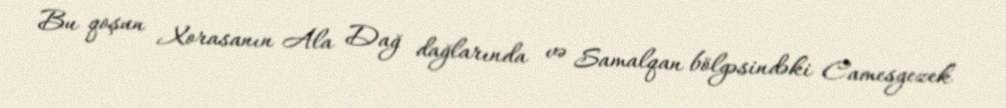
Bu qoşun Xorasanın Ala Dağ dağlarında və Samalqan bölgəsindəki Camesgezek